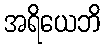
အရိယေဘိ